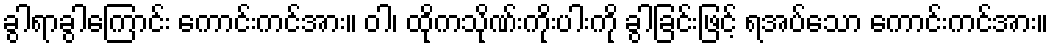
ခွါရာခွါကြောင်း ကောင်းကင်အား။ ဝါ၊ ထိုကသိုဏ်းကိုးပါးကို ခွါခြင်းဖြင့် ရအပ်သော ကောင်းကင်အား။